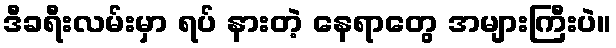
ဒီခရီးလမ်းမှာ ရပ် နားတဲ့ နေရာတွေ အများကြီးပဲ။